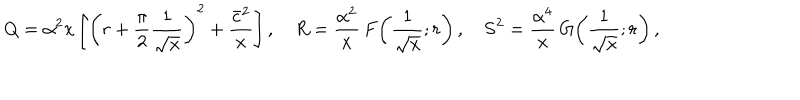
Q = \alpha ^ { 2 } x \left[ \left( r + \frac { \pi } { 2 } \frac { 1 } { \sqrt { x } } \right) ^ { 2 } + \frac { \bar { c } ^ { 2 } } { x } \right] , \quad R = \frac { \alpha ^ { 2 } } { x } \, F \! \left( \frac { 1 } { \sqrt { x } } ; r \right) , \quad { \bf S } ^ { 2 } = \frac { \alpha ^ { 4 } } { x } \, G \! \left( \frac { 1 } { \sqrt { x } } ; r \right) ,